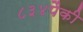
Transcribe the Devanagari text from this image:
८३४पैकी